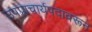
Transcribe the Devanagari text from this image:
उपप्राचार्यपदावरून